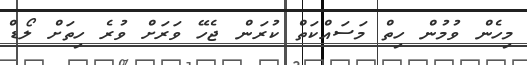
މިހެން ވުމުން ހިތް މަސައްކަތް ކުރަން ޖެހޭ ވަރަށް ވުރެ ހިތަށް ލޯޑް